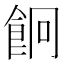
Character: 𩚱